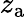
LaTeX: z_{\mathrm{a}}